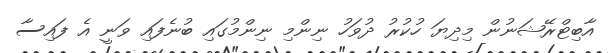
އާބިޓްރޭޝަނުން މިދިޔަ ހުކުރު ދުވަހު ނިންމި ނިންމުގައި ބުނެފައި ވަނީ އެ ފައިސާ